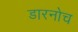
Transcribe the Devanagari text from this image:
डारनोच